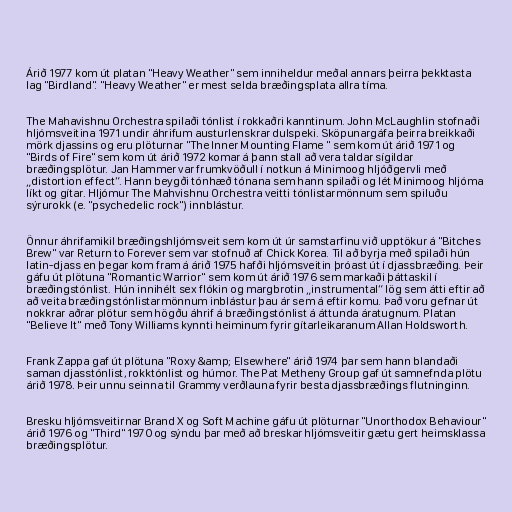
Árið 1977 kom út platan "Heavy Weather" sem inniheldur meðal annars þeirra þekktasta
lag "Birdland". "Heavy Weather" er mest selda bræðingsplata allra tíma.

The Mahavishnu Orchestra spilaði tónlist í rokkaðri kanntinum. John McLaughlin stofnaði
hljómsveitina 1971 undir áhrifum austurlenskrar dulspeki. Sköpunargáfa þeirra breikkaði
mörk djassins og eru plöturnar "The Inner Mounting Flame " sem kom út árið 1971 og
"Birds of Fire" sem kom út árið 1972 komar á þann stall að vera taldar sígildar
bræðingsplötur. Jan Hammer var frumkvöðull í notkun á Minimoog hljóðgervli með
„distortion effect“. Hann beygði tónhæð tónana sem hann spilaði og lét Minimoog hljóma
líkt og gítar. Hljómur The Mahvishnu Orchestra veitti tónlistarmönnum sem spiluðu
sýrurokk (e. "psychedelic rock") innblástur.

Önnur áhrifamikil bræðingshljómsveit sem kom út úr samstarfinu við upptökur á "Bitches
Brew" var Return to Forever sem var stofnuð af Chick Korea. Til að byrja með spilaði hún
latin-djass en þegar kom fram á árið 1975 hafði hljómsveitin þróast út í djassbræðing. Þeir
gáfu út plötuna "Romantic Warrior" sem kom út árið 1976 sem markaði þáttaskil í
bræðingstónlist. Hún innihélt sex flókin og margbrotin „instrumental“ lög sem átti eftir að
að veita bræðingstónlistarmönnum inblástur þau ár sem á eftir komu. Það voru gefnar út
nokkrar aðrar plötur sem högðu áhrif á bræðingstónlist á áttunda áratugnum. Platan
"Believe It" með Tony Williams kynnti heiminum fyrir gítarleikaranum Allan Holdsworth.

Frank Zappa gaf út plötuna "Roxy &amp; Elsewhere" árið 1974 þar sem hann blandaði
saman djasstónlist, rokktónlist og húmor. The Pat Metheny Group gaf út samnefnda plötu
árið 1978. Þeir unnu seinna til Grammy verðlauna fyrir besta djassbræðings flutninginn.

Bresku hljómsveitirnar Brand X og Soft Machine gáfu út plöturnar "Unorthodox Behaviour"
árið 1976 og "Third" 1970 og sýndu þar með að breskar hljómsveitir gætu gert heimsklassa
bræðingsplötur.